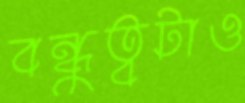
বন্ধুত্বটাও